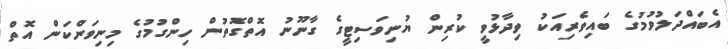
އެބައްދަލުވުމުގެ ބައިވެރިއަކު ވިދާޅުވީ ކުރިން ޔުނިވަސިޓީގެ ގާނޫނު އޮތްގޮތުން ހިންގުމުގެ މިނިވަންކަން އޮތް